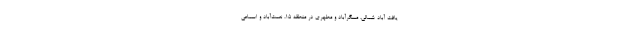
یافت آباد شمالی، مسگرآباد و مطهری در منطقه ۱۵، نعمت‌آباد و اسماعی